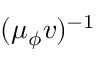
( \mu _ { \phi } v ) ^ { - 1 }